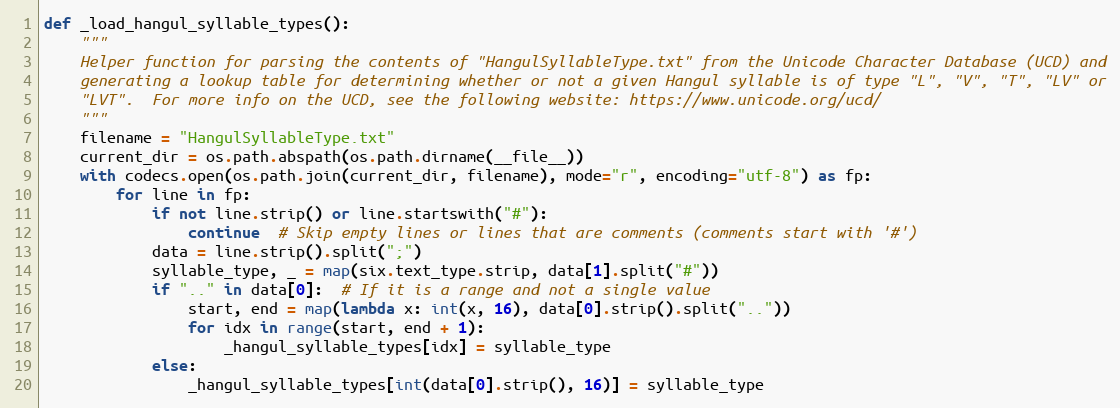
Language: Python
def _load_hangul_syllable_types():
    """
    Helper function for parsing the contents of "HangulSyllableType.txt" from the Unicode Character Database (UCD) and
    generating a lookup table for determining whether or not a given Hangul syllable is of type "L", "V", "T", "LV" or
    "LVT".  For more info on the UCD, see the following website: https://www.unicode.org/ucd/
    """
    filename = "HangulSyllableType.txt"
    current_dir = os.path.abspath(os.path.dirname(__file__))
    with codecs.open(os.path.join(current_dir, filename), mode="r", encoding="utf-8") as fp:
        for line in fp:
            if not line.strip() or line.startswith("#"):
                continue  # Skip empty lines or lines that are comments (comments start with '#')
            data = line.strip().split(";")
            syllable_type, _ = map(six.text_type.strip, data[1].split("#"))
            if ".." in data[0]:  # If it is a range and not a single value
                start, end = map(lambda x: int(x, 16), data[0].strip().split(".."))
                for idx in range(start, end + 1):
                    _hangul_syllable_types[idx] = syllable_type
            else:
                _hangul_syllable_types[int(data[0].strip(), 16)] = syllable_type